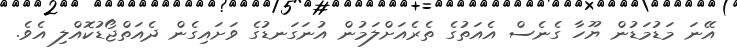
އޭނަ މަޑުމަޑުން ޔޫހާ ގެނެސް އެއަތުގެ ތެރެއަށްލަމުން އުނަގަނޑުގެ ވަށައިގެން ދެއަތްޖޯޑުކޮއްލި އެވެ.